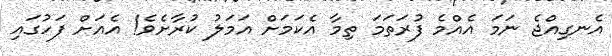
އެނގިއްޖެ ނަމަ އެއްމެ ފުރަތަމަ ތިމާ އެކަމަށް އަމަލު ކުރާށެވެ! އެއަށް ފަހުގައި